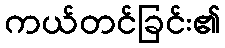
ကယ်တင်ခြင်း၏